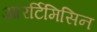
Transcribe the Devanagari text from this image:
आरर्टिमिसिन